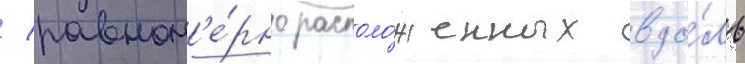
/ равном'е́рно располо́женных вдо́ль